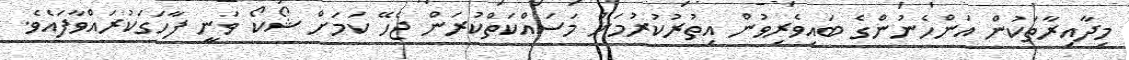
މިދާއިރާތަކުން އަންހެނުންގެ ބައިވެރިވުން އިތުރުކުރުމަށް މަސައްކަތްކުރަން ޖެހޭ ކަމަށް ޝޯކޯ ވަނީ ފާހަގަކުރައްވާފައެވެ.